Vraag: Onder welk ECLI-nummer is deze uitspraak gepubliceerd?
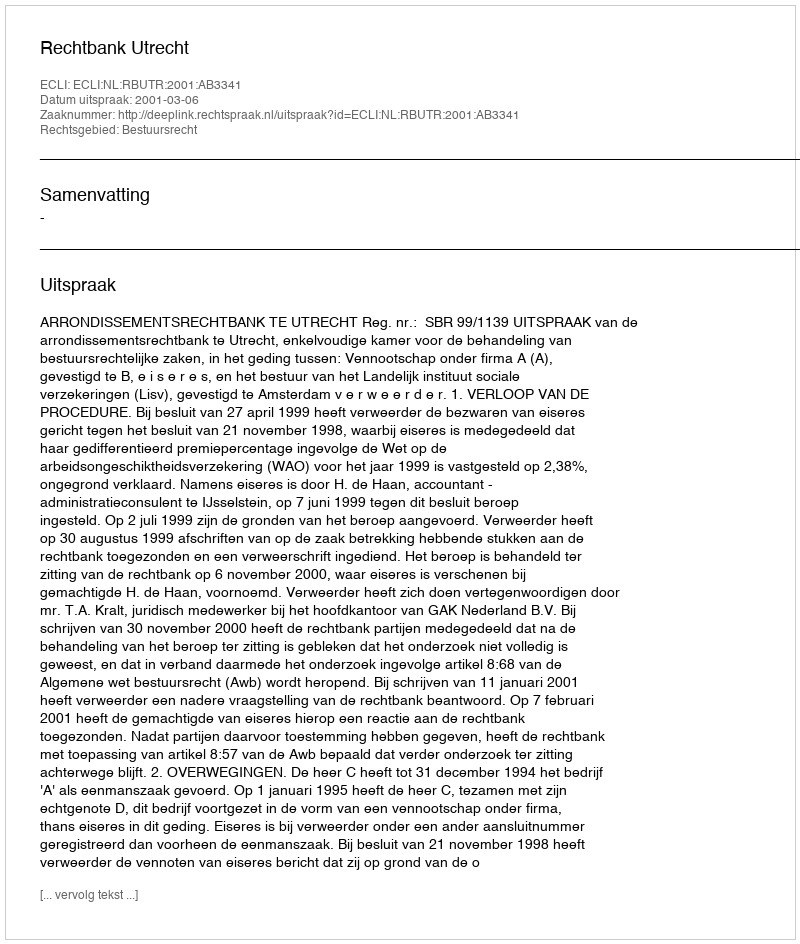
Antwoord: ECLI:NL:RBUTR:2001:AB3341